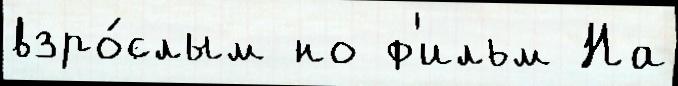
взро́слым но ф'ильм На